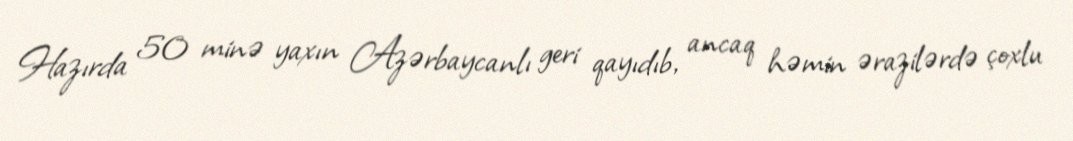
Hazırda 50 minə yaxın Azərbaycanlı geri qayıdıb, ancaq həmin ərazilərdə çoxlu